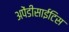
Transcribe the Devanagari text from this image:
अपेंडीसाईटिस